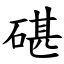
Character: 碪